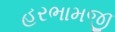
હરભામજી